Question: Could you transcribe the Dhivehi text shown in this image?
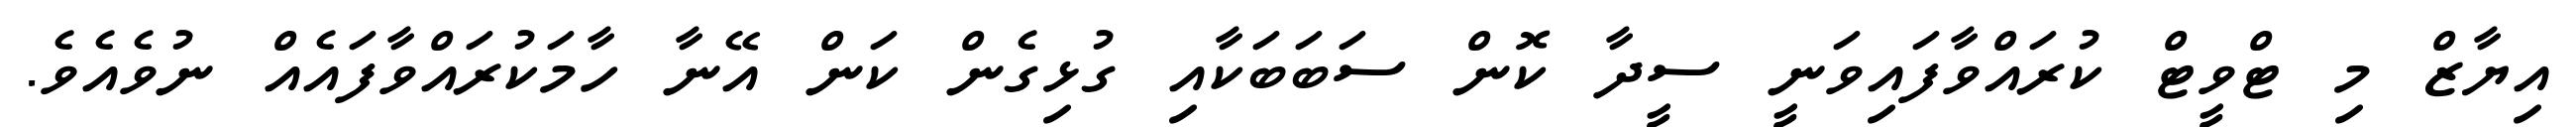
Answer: އިޔާޒް މި ޓްވީޓް ކުރައްވާފައިވަނީ ސީދާ ކޮން ސަބަބަކާއި ގުޅިގެން ކަން އޭނާ ހާމަކުރައްވާފައެއް ނުވެއެވެ.